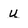
Character: u